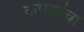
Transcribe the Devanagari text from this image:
कप्प्यांचा